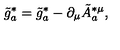
\tilde { g } _ { a } ^ { * } = \tilde { g } _ { a } ^ { * } - \partial _ { \mu } \tilde { A } _ { a } ^ { * \mu } ,